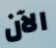
الآن